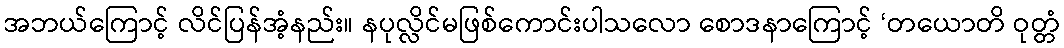
အဘယ်ကြောင့် လိင်ပြန်အံ့နည်း။ နပုလ္လိင်မဖြစ်ကောင်းပါသလော စောဒနာကြောင့် ‘တယောတိ ဝုတ္တံ